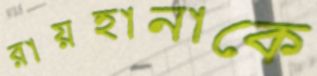
রায়হানাকে